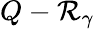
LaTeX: Q-\mathcal{R}_{\gamma}